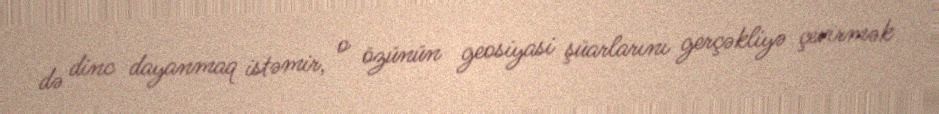
də dinc dayanmaq istəmir, o özünün geosiyasi şüarlarını gerçəkliyə çevirmək